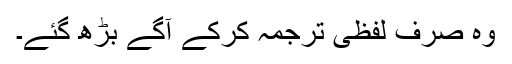
وہ صرف لفظی ترجمہ کرکے آگے بڑھ گئے۔